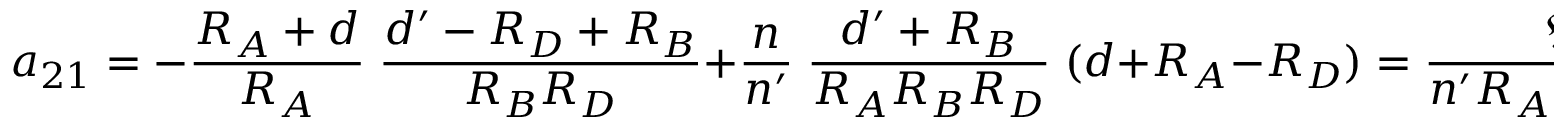
a _ { 2 1 } = - { \frac { R _ { A } + d } { R _ { A } } } \; { \frac { d ^ { \prime } - R _ { D } + R _ { B } } { R _ { B } R _ { D } } } + { \frac { n } { n ^ { \prime } } } \; { \frac { d ^ { \prime } + R _ { B } } { R _ { A } R _ { B } R _ { D } } } \; ( d + R _ { A } - R _ { D } ) = { \frac { \mathfrak { N } } { n ^ { \prime } R _ { A } R _ { B } R _ { D } } } \, ,